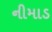
નીમાડ